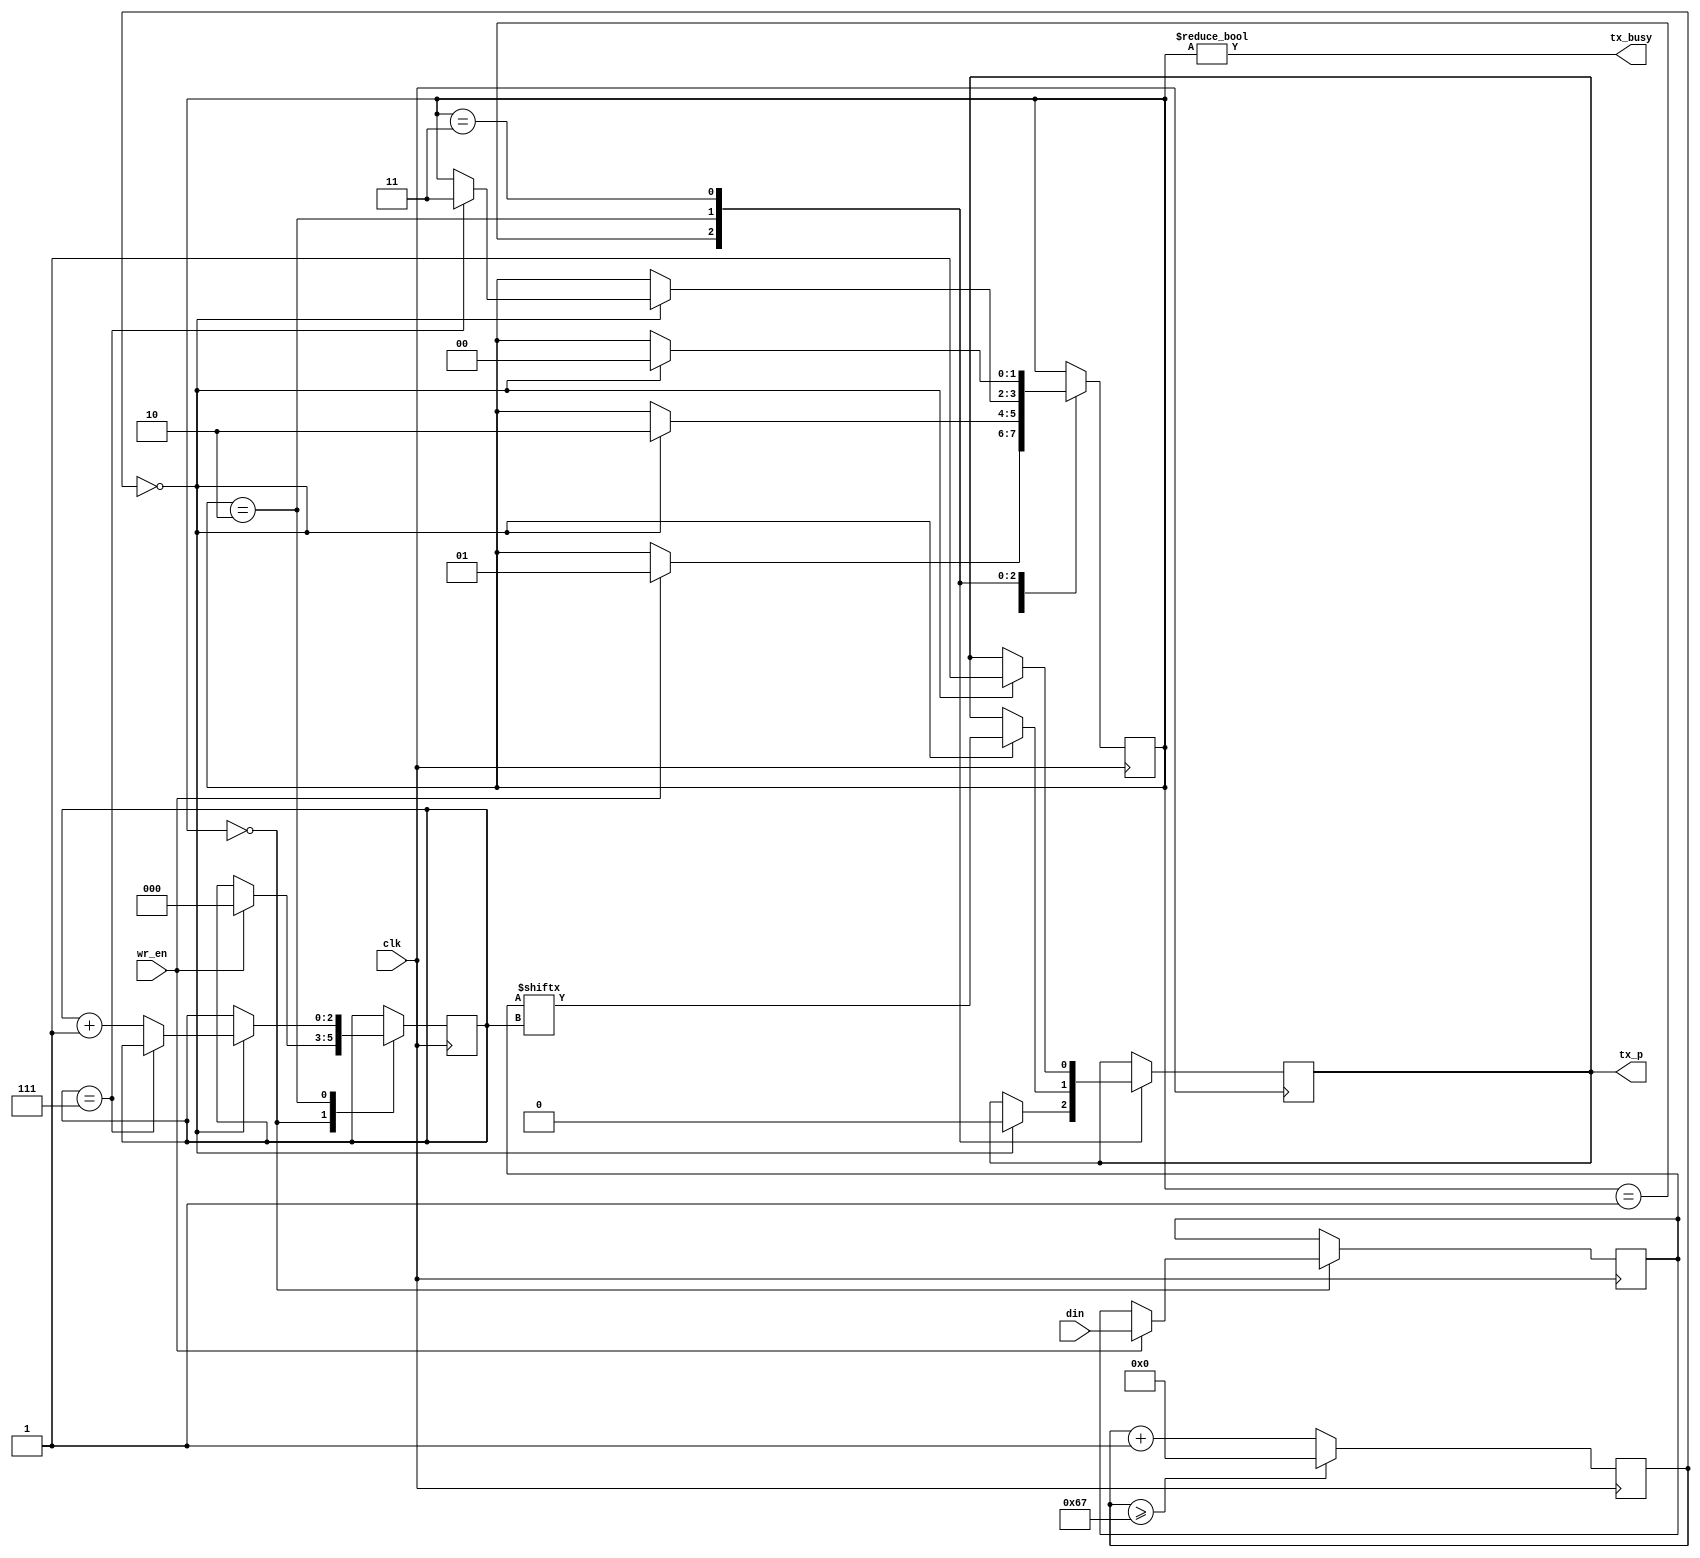
// This program was cloned from: https://github.com/nand2mario/usb_hid_host
// License: Apache License 2.0

module uart_tx_V2(
    input wire clk,
    input wire [7:0] din,
    input wire wr_en,
    output wire tx_busy,

    output reg tx_p    
);

initial begin
    tx_p = 1'b1;
end

parameter clk_freq = 12000000;
parameter uart_freq = 115200;

localparam STATE_IDLE	= 2'b00;
localparam STATE_START	= 2'b01;
localparam STATE_DATA	= 2'b10;
localparam STATE_STOP	= 2'b11;

reg[7:0] localdin;
reg localwr_en;

//always@(posedge clk)begin
always@(*)begin	
    localdin<=din;
    localwr_en<=wr_en;
end

reg [7:0] data= 8'h00;
reg [2:0] bitpos= 3'h0;
reg [1:0] state= STATE_IDLE;

wire tx_clk;

localparam TX_CLK_MAX = (clk_freq / uart_freq)-1;

reg[$clog2(TX_CLK_MAX+1)+1:0] tx_clkcnt;

assign tx_clk = (tx_clkcnt == 0);

initial tx_clkcnt=0;

always @(posedge clk) begin
    if (tx_clkcnt >= TX_CLK_MAX)
        tx_clkcnt <= 0;
    else
        tx_clkcnt <= tx_clkcnt + 1;
end
    

always @(posedge clk) begin
    case (state)
    STATE_IDLE: begin
        if (localwr_en) begin
            state <= STATE_START;
            data <= localdin;
            bitpos <= 3'h0;
        end
    end
    STATE_START: begin
        if (tx_clk) begin
            tx_p <= 1'b0;
            state <= STATE_DATA;
        end
    end
    STATE_DATA: begin
        if (tx_clk) begin
            if (bitpos == 3'h7)
                state <= STATE_STOP;
            else
                bitpos <= bitpos + 3'h1;
            tx_p <= data[bitpos];
        end
    end
    STATE_STOP: begin
        if (tx_clk) begin
            tx_p <= 1'b1;
            state <= STATE_IDLE;
        end
    end
    default: begin
        tx_p <= 1'b1;
        state <= STATE_IDLE;
    end
    endcase
end

assign tx_busy = (state != STATE_IDLE);

endmodule